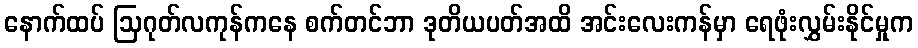
နောက်ထပ် ဩဂုတ်လကုန်ကနေ စက်တင်ဘာ ဒုတိယပတ်အထိ အင်းလေးကန်မှာ ရေဖုံးလွှမ်းနိုင်မှုက